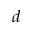
d